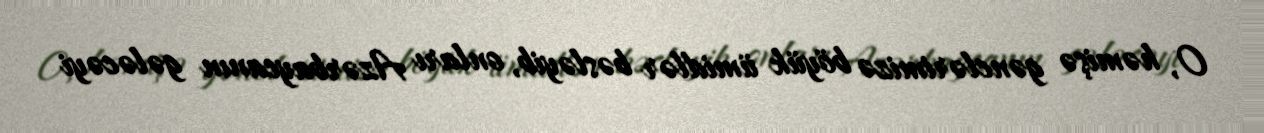
O, həmişə gənclərimizə böyük ümidlər bəsləyib, onları Azərbaycanın gələcəyi